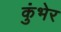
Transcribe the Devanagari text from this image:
कुंभेर